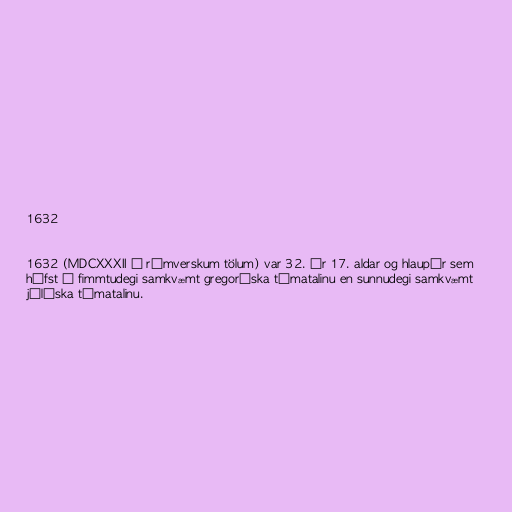
1632

1632 (MDCXXXII í rómverskum tölum) var 32. ár 17. aldar og hlaupár sem
hófst á fimmtudegi samkvæmt gregoríska tímatalinu en sunnudegi samkvæmt
júlíska tímatalinu.